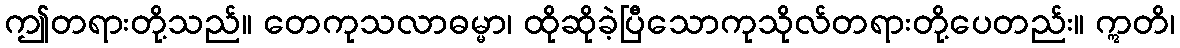
ဤတရားတို့သည်။ တေကုသလာဓမ္မာ၊ ထိုဆိုခဲ့ပြီသောကုသိုလ်တရားတို့ပေတည်း။ ဣတိ၊